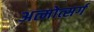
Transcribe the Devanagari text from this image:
अत्मोत्सर्ग